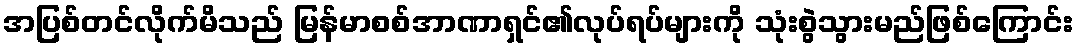
အပြစ်တင်လိုက်မိသည် မြန်မာစစ်အာဏာရှင်၏လုပ်ရပ်များကို သုံးစွဲသွားမည်ဖြစ်ကြောင်း